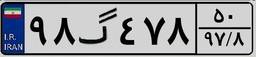
۰۸گ۳۲۴۳۱